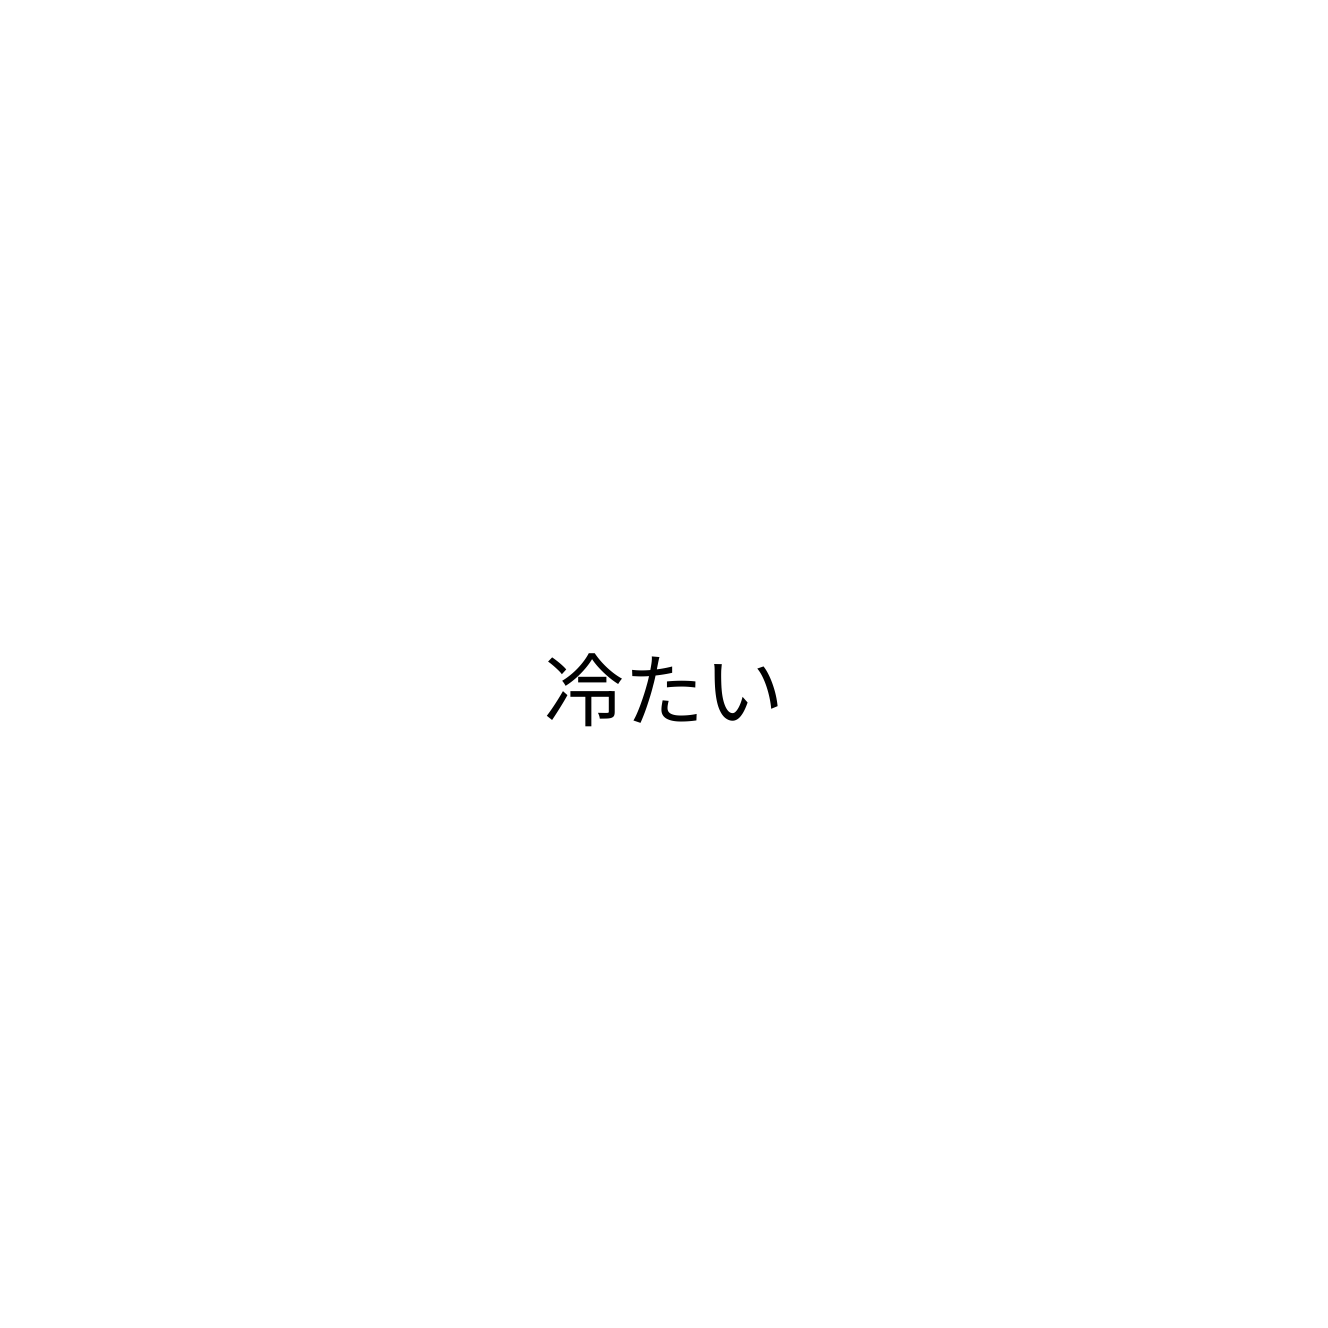
冷たい